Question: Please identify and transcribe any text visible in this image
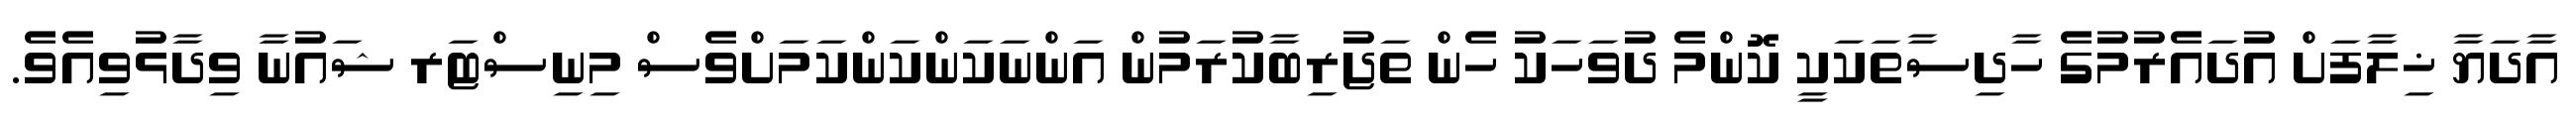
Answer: އާދަޔާ ޚިލާފަށް އުދައެރުމުގެ ހާދިސާތަކަކީ ކޮންމެ ދުވަހަކު ހެން ތަޖުރިބާކުރަމުން އަންނަކަންކަންކަމަށްވެސް މިނިސްޓަރ ޝައުނާ ވިދާޅުވިއެވެ.